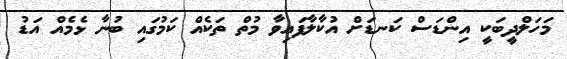
މަހަލްދީބަކީ އިންޑަސް ކަނޑަށް އުކާލާފައިވާ މުތް ތަކެއް ކަމުގައި ބުނާ ޅެމެއް އަޑު